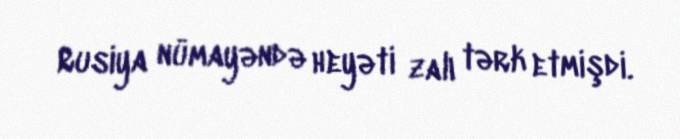
Rusiya nümayəndə heyəti zalı tərk etmişdi.